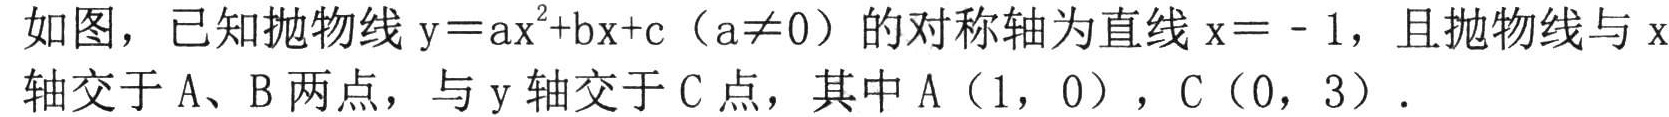
如图，已知抛物线\(y = ax^{2}+bx + c\)（\(a\neq0\)）的对称轴为直线\(x = - 1\)，且抛物线与\(x\)轴交于\(A、B\)两点，与\(y\)轴交于\(C\)点，其中\(A(1,0)\)，\(C(0,3)\)。